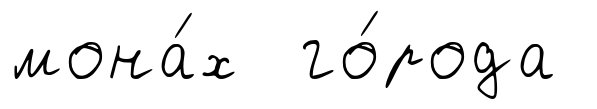
мона́х го́рода